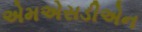
એમએસડીએન